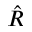
\hat { R }